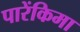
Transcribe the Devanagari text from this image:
पारेंकिमा